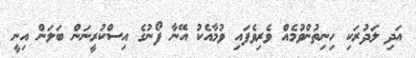
އަދި ލަދުރަކި ހިނިތުންވުމެއް ވެރިވެފައި ވުމާއެކު އޭނާ ފޯނުގެ އިސްކުރީނަން ބަލަން އިނީ